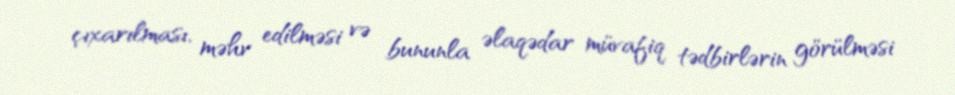
çıxarılması, məhv edilməsi və bununla əlaqədar müvafiq tədbirlərin görülməsi